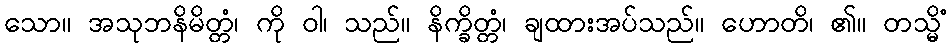
သော။ အသုဘနိမိတ္တံ၊ ကို ဝါ၊ သည်။ နိက္ခိတ္တံ၊ ချထားအပ်သည်။ ဟောတိ၊ ၏။ တသ္မိံ